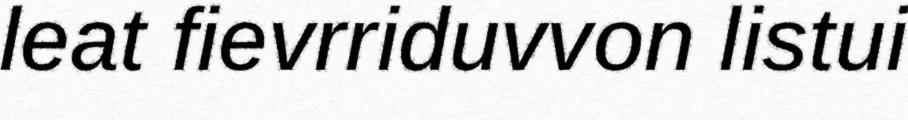
leat fievrriduvvon listui